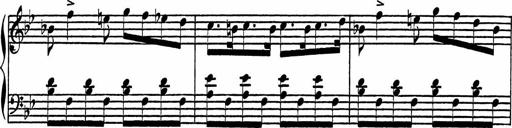
Title: 4 Piano Sonatinas
Composer: Adam Geibel